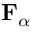
{ \mathbf { F } } _ { \alpha }